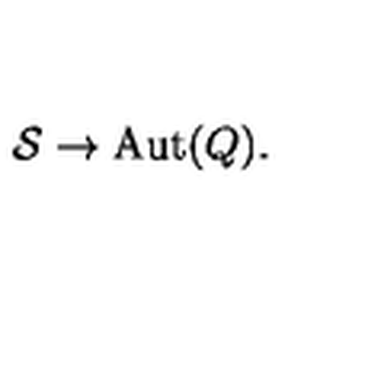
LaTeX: { \cal S } \to \mathrm { A u t } ( Q ) .